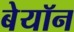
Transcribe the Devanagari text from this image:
बेयॉन